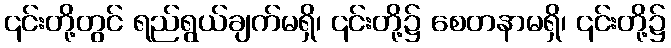
၎င်းတို့တွင် ရည်ရွယ်ချက်မရှိ၊ ၎င်းတို့၌ စေတနာမရှိ၊ ၎င်းတို့၌